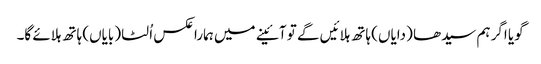
گویا اگر ہم سیدھا (دایاں) ہاتھ ہلائیں گے تو آئینے میں ہمارا عکس اُلٹا (بایاں) ہاتھ ہلائے گا۔